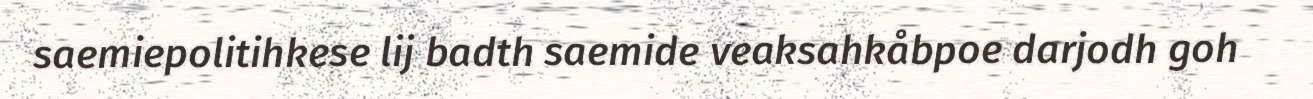
saemiepolitihkese lij badth saemide veaksahkåbpoe darjodh goh